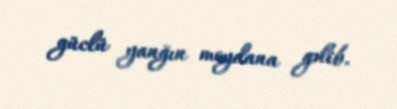
güclü yanğın meydana gəlib.